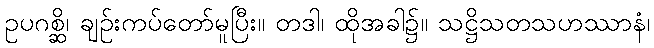
ဥပဂစ္ဆိ၊ ချဉ်းကပ်တော်မူပြီး။ တဒါ၊ ထိုအခါ၌။ သဋ္ဌိသတသဟဿာနံ၊